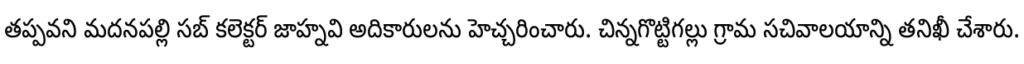
తప్పవని మదనపల్లి సబ్ కలెక్టర్ జాహ్నవి అదికారులను హెచ్చరించారు. చిన్నగొట్టిగల్లు గ్రామ సచివాలయాన్ని తనిఖీ చేశారు.